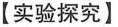
【实验探究】